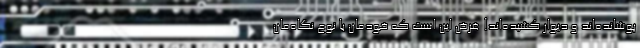
پوشانده‌اند و دیوار کشیده‌اند! غرض این است که خودمان با نوع نگاه‌مان